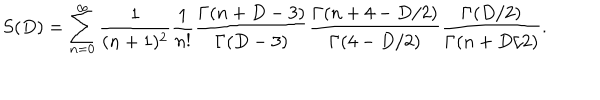
S ( D ) = \sum _ { n = 0 } ^ { \infty } { \frac { 1 } { ( n + 1 ) ^ { 2 } } } { \frac { 1 } { n ! } } { \frac { \Gamma ( n + D - 3 ) } { \Gamma ( D - 3 ) } } { \frac { \Gamma ( n + 4 - D / 2 ) } { \Gamma ( 4 - D / 2 ) } } { \frac { \Gamma ( D / 2 ) } { \Gamma ( n + D / 2 ) } } .